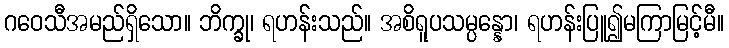
ဂဝေသီအမည်ရှိသော။ ဘိက္ခု၊ ရဟန်းသည်။ အစိရူပသမ္ပန္နော၊ ရဟန်းပြူ၍မကြာမြင့်မီ။